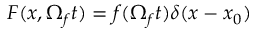
\boldsymbol { F } ( \boldsymbol { x } , \Omega _ { f } t ) = \boldsymbol { f } ( \Omega _ { f } t ) \delta ( \boldsymbol { x } - \boldsymbol { x } _ { 0 } )